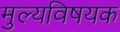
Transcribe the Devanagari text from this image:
मुल्यविषयक